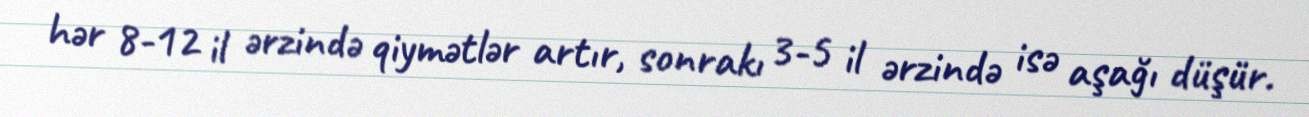
hər 8-12 il ərzində qiymətlər artır, sonrakı 3-5 il ərzində isə aşağı düşür.